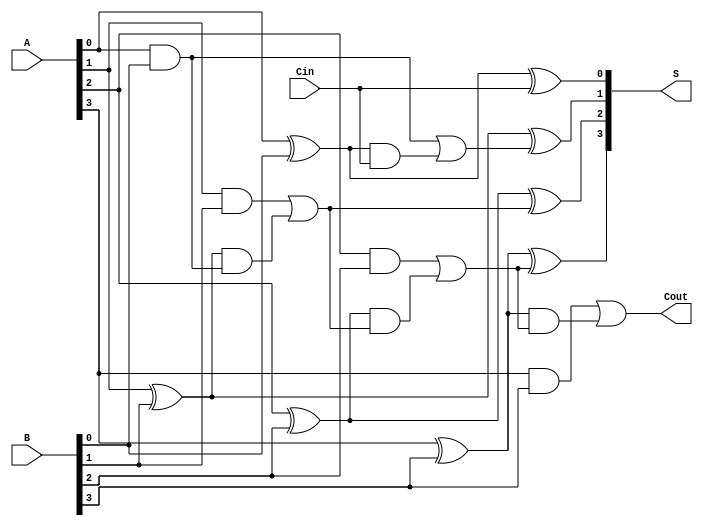
module Sklansky_Adder #(parameter n = 4) (
    input  [n-1:0] A,      // First n-bit input
    input  [n-1:0] B,      // Second n-bit input
    input        Cin,       // Carry-in
    output [n-1:0] S,      // n-bit sum output
    output       Cout       // Carry-out
);

// Generate and propagate signals
wire [n-1:0] G; // Generate signals
wire [n-1:0] P; // Propagate signals
wire [n:0] C;    // Carry signals

// Generate and propagate logic
genvar i;
generate
    for (i = 0; i < n; i = i + 1) begin : genprop
        assign G[i] = A[i] & B[i];        // Generate signal
        assign P[i] = A[i] ^ B[i];        // Propagate signal
    end
endgenerate

// Carry signal calculation
assign C[0] = Cin; // Initial carry-in
generate
    for (i = 0; i < n; i = i + 1) begin : carry_gen
        if (i == 0) begin
            assign C[i+1] = G[i] | (P[i] & C[i]); // Level 1 carry
        end else if (i == 1) begin
            assign C[i+1] = G[i] | (P[i] & G[i-1]);
        end else begin
            assign C[i+1] = G[i] | (P[i] & C[i]);
        end
    end
endgenerate

// Sum calculation
generate
    for (i = 0; i < n; i = i + 1) begin : sum_gen
        assign S[i] = P[i] ^ C[i]; // Sum calculation
    end
endgenerate

// Final carry-out
assign Cout = C[n]; // Final carry-out

endmodule